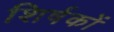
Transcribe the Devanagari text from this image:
शिर्षकों